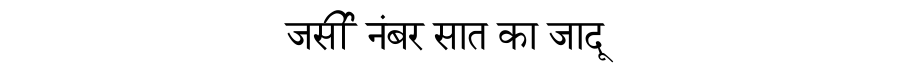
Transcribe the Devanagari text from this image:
जर्सी नंबर सात का जादू